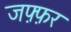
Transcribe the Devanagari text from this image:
जफ़्फ़र